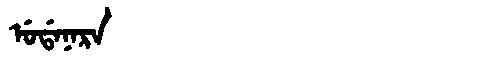
Manchu: ᡠᡩᠠᠨᠠᡵᠠ
Romanization: UDANARA